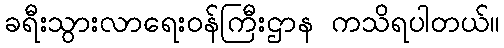
ခရီးသွားလာရေးဝန်ကြီးဌာန ကသိရပါတယ်။